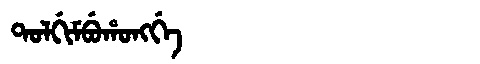
Manchu: ᡨᠣᠯᡤᡳᠮᠪᡠᡥᠣᠩᡤᡝ
Romanization: TOLGIMBUHONGGE